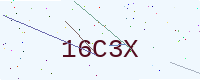
Text: 16C3X